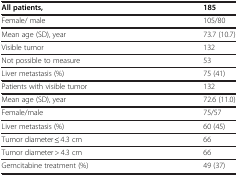
<table><thead><tr><td><b>All patients,</b></td><td><b>185</b></td></tr></thead><tbody><tr><td>Female/ male</td><td>105/80</td></tr><tr><td>Mean age (SD), year</td><td>73.7 (10.7)</td></tr><tr><td>Visible tumor</td><td>132</td></tr><tr><td>Not possible to measure</td><td>53</td></tr><tr><td>Liver metastasis (%)</td><td>75 (41)</td></tr><tr><td>Patients with visible tumor</td><td>132</td></tr><tr><td>Mean age (SD), year</td><td>72.6 (11.0)</td></tr><tr><td>Female/male</td><td>75/57</td></tr><tr><td>Liver metastasis (%)</td><td>60 (45)</td></tr><tr><td>Tumor diameter ≤ 4.3 cm</td><td>66</td></tr><tr><td>Tumor diameter &gt; 4.3 cm</td><td>66</td></tr><tr><td>Gemcitabine treatment (%)</td><td>49 (37)</td></tr></tbody></table>